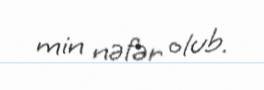
min nəfər olub.